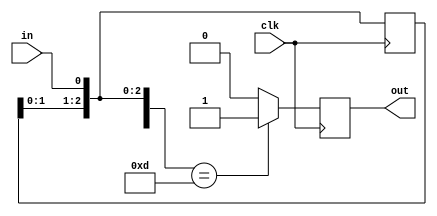
`timescale 1ns / 1ps

module seq_mealy(clk, in, out);
input clk, in;
output out;
reg out;
reg [3:0] state;

initial state = 4'b0000;

always @(posedge clk) begin
    state = state << 1;
    state[0] = in;
    if(state == 4'b1101)
        out = 1'b1;
    else
        out = 1'b0;
end

endmodule